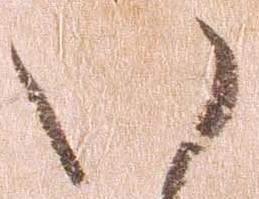
い